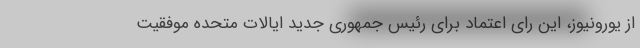
از یورونیوز، این رای اعتماد برای رئیس جمهوری جدید ایالات متحده موفقیت